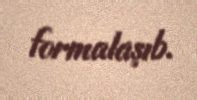
formalaşıb.